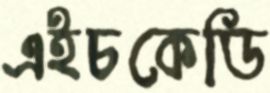
এইচকেডি